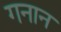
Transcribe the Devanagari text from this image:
गनान